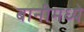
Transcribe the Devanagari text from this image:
बानीमध्ये